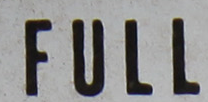
MUST